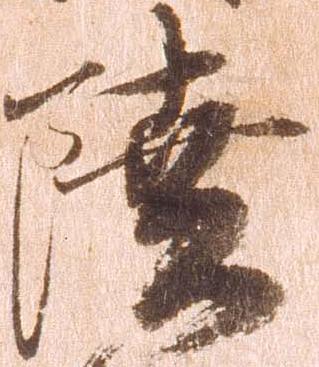
陸